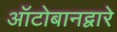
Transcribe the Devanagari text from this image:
ऑटोबानद्वारे